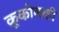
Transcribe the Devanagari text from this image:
क्रूकोव्स्की